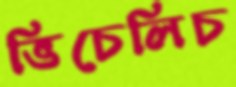
ভিচেলিচ